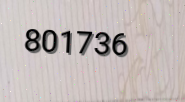
801736